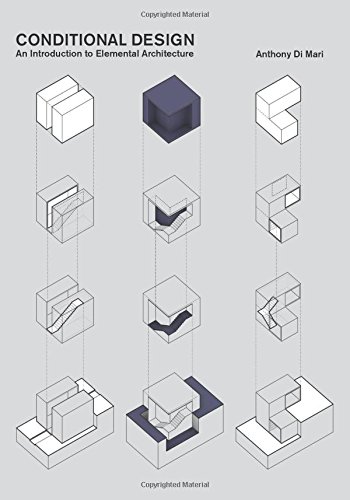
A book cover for Conditional Design: An introduction to elemental architecture; Anthony di Mari; Arts & Photography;